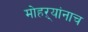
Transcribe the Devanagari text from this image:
मोहऱ्यांनाच